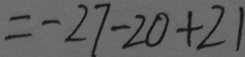
= - 2 7 - 2 0 + 2 1